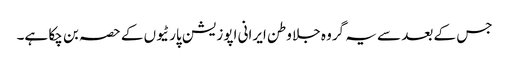
جس کے بعد سے یہ گروہ جلا وطن ایرانی اپوزیشن پارٹیوں کے حصہ بن چکا ہے۔